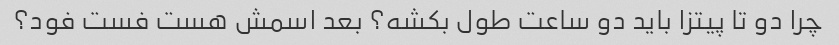
چرا دو تا پیتزا باید دو ساعت طول بکشه؟ بعد اسمش هست فست فود؟